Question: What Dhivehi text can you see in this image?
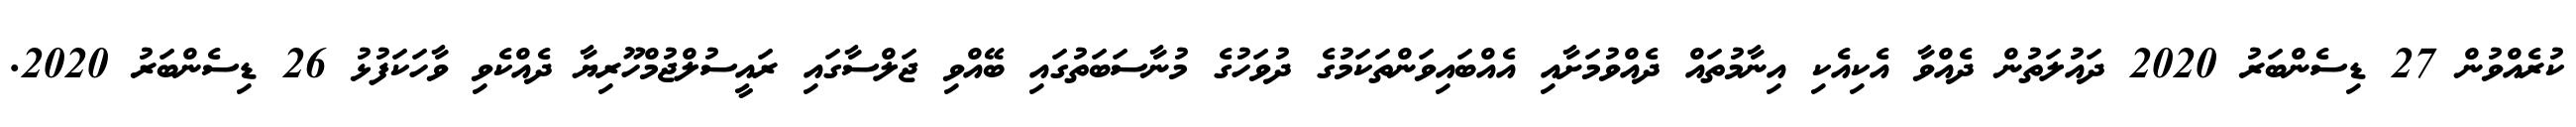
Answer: ކުރެއްވުން 27 ޑިސެންބަރު 2020 ދައުލަތުން ދެއްވާ އެކިއެކި އިނާމުތައް ދެއްވުމަށާއި އެއްބައިވަންތަކަމުގެ ދުވަހުގެ މުނާސަބަތުގައި ބޭއްވި ޖަލްސާގައި ރައީސުލްޖުމްހޫރިޔާ ދެއްކެވި ވާހަކަފުޅު 26 ޑިސެންބަރު 2020.